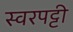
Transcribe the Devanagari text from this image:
स्वरपट्टी